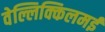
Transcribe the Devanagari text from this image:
वेल्लिक्किलमई